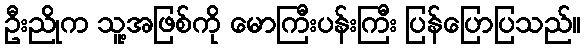
ဦးညိုက သူ့အဖြစ်ကို မောကြီးပန်းကြီး ပြန်ပြောပြသည်။